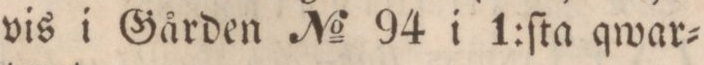
vis i Gården No 94 i 1:ſta qwar=